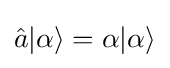
{\hat {a}}|\alpha \rangle =\alpha |\alpha \rangle